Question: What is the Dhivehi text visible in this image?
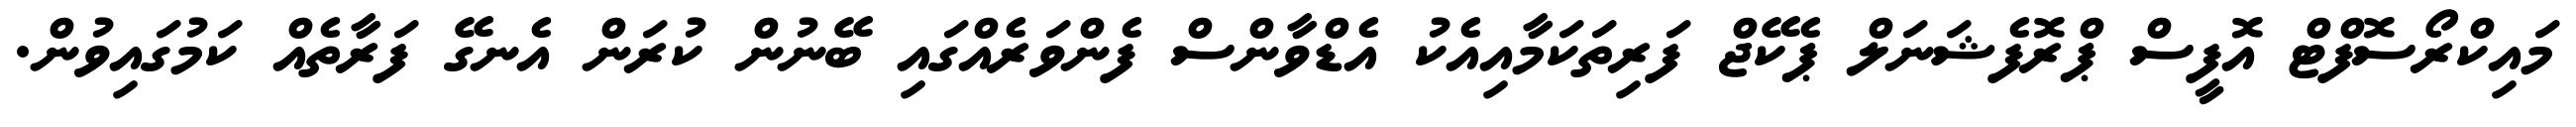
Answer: މައިކްރޯސޮފްޓް އޮފީސް ޕްރޮފެޝަނަލް ޕެކޭޖް ފަރިތަކަމާއިއެކު އެޑްވާންސް ފެންވަރެއްގައި ބޭނުން ކުރަން އެނގޭ ފަރާތެއް ކަމުގައިވުން.